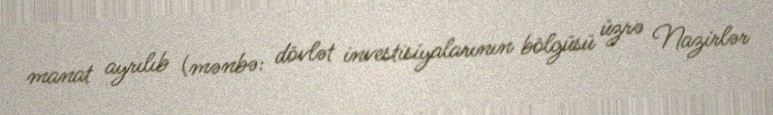
manat ayrılıb (mənbə: dövlət investisiyalarının bölgüsü üzrə Nazirlər